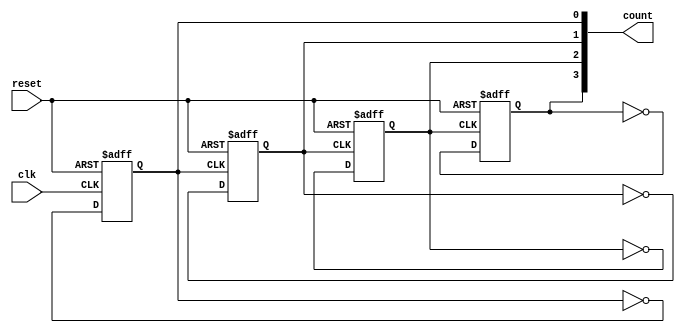
module async_counter #(
    parameter N = 4  // Number of bits (flip-flops) in the counter
) (
    input wire clk,         // Clock input
    input wire reset,       // Asynchronous reset input
    output reg [N-1:0] count // Output count
);

// Generate the flip-flops
genvar i;
generate
    for (i = 0; i < N; i = i + 1) begin : flip_flops
        if (i == 0) begin
            // First flip-flop toggles on the clock edge
            always @(posedge clk or posedge reset) begin
                if (reset)
                    count[i] <= 1'b0; // Reset to 0
                else
                    count[i] <= ~count[i]; // Toggle
            end
        end else begin
            // Subsequent flip-flops toggle on the falling edge of the previous flip-flop
            always @(negedge count[i-1] or posedge reset) begin
                if (reset)
                    count[i] <= 1'b0; // Reset to 0
                else
                    count[i] <= ~count[i]; // Toggle
            end
        end
    end
endgenerate

endmodule